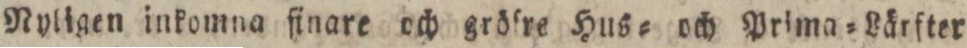
Nyligen inkomna finare och gröſre Hus= och Prima=Lärfter